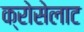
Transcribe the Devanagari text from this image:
क्रोसेलाट